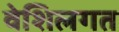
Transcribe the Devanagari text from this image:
वेशिलगत